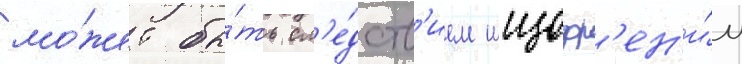
мо́жет бы́ть сл'е́дств'ием шизофр'ен'и́и